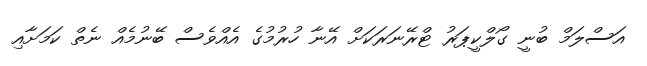
އަސްލަމް ބުނީ ގޯލްކީޕަރު ޓްރޭނަރަކަށް އޭނާ ހުރުމުގެ އެއްވެސް ބޭނުމެއްް ނެތް ކަމަށާއި